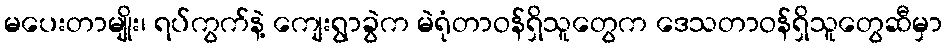
မပေးတာမျိုး၊ ရပ်ကွက်နဲ့ ကျေးရွာခွဲက မဲရုံတာဝန်ရှိသူတွေက ဒေသတာဝန်ရှိသူတွေဆီမှာ